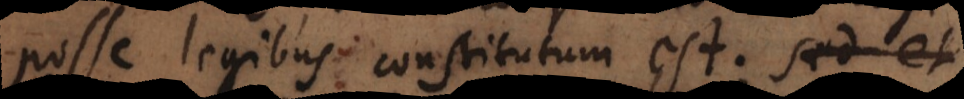
posse legibus constitutum est; ubi si